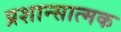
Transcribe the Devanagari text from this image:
प्रशान्सात्मक